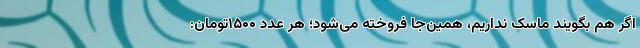
اگر هم بگویند ماسک نداریم، همین‌جا فروخته می‌شود؛ هر عدد ۱۵۰۰تومان: